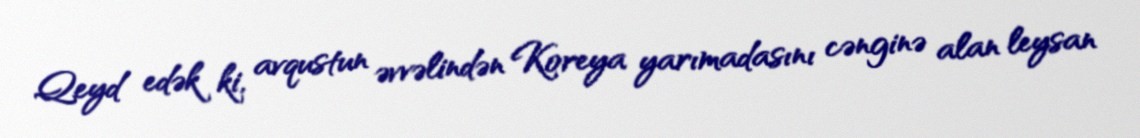
Qeyd edək ki, avqustun əvvəlindən Koreya yarımadasını cənginə alan leysan